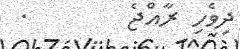
ދިވެހި ރާއްޖެ        .